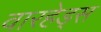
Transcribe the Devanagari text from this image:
वारहेड्स